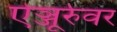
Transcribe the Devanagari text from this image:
ऐञ्जूर्रुवर